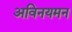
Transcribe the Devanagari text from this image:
अविनयमन